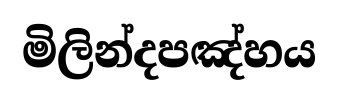
මිලින්දපඤ්හය